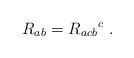
LaTeX: \begin{align*} R_{ab} = R_{acb}{}^c~.\end{align*}